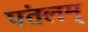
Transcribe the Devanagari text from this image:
पंतलम्